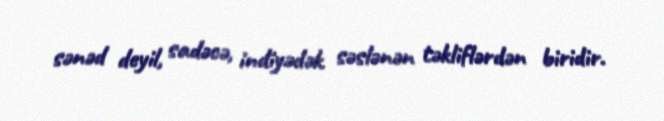
sənəd deyil, sadəcə, indiyədək səslənən təkliflərdən biridir.